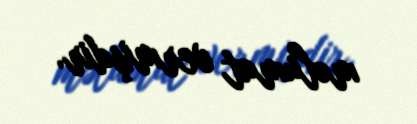
məlumat vermişdir.